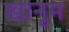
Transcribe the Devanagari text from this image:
खानूम